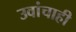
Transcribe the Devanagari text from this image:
उवांचाही